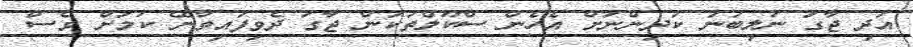
އަދި ޖާގަ ނުލިބުނު ކުދިންނަށް އެހެން ސްކޫލްތަކުން ޖާގަ ދެވިފައިވާނޭ ކަމަށް ވެސް